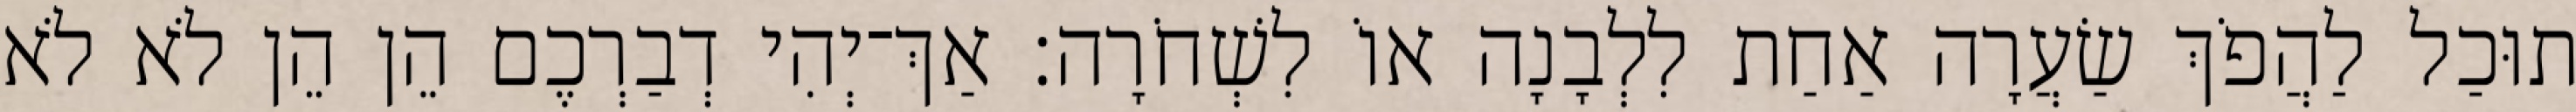
תוּכַל לַהֲפֹךְ שַׂעֲרָה אַחַת לִלְבָנָה אוֹ לִשְׁחֹרָה׃ אַךְ־יְהִי דְבַרְכֶם הֵן הֵן לֹא לֹא